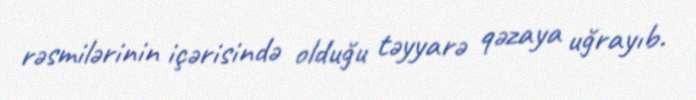
rəsmilərinin içərisində olduğu təyyarə qəzaya uğrayıb.